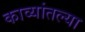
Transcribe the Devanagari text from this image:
काव्यांतल्या